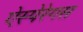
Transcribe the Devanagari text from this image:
ऐस्पेरेगस